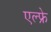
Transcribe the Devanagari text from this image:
एल्फ्रे